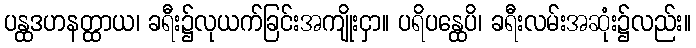
ပန္ထဒဟနတ္ထာယ၊ ခရီး၌လုယက်ခြင်းအကျိုးငှာ။ ပရိပန္ထေပိ၊ ခရီးလမ်းအဆုံး၌လည်း။